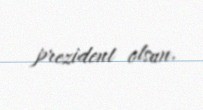
prezident olsun.